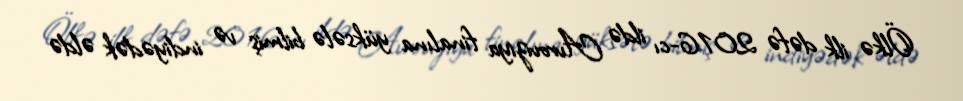
Ölkə ilk dəfə 2016-cı ildə Avroviziya finalına yüksələ bilmiş və indiyədək əldə